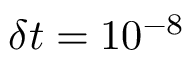
\delta t = 1 0 ^ { - 8 }